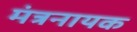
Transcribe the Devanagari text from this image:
मंत्रनायक